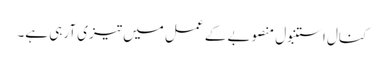
کنال استنبول منصوبے کے عمل میں تیزی آرہی ہے۔